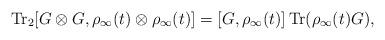
LaTeX: \begin{align*}{\rm Tr}_2 [G\otimes G,\rho_\infty(t)\otimes\rho_\infty(t)] = [G,\rho_\infty(t)] \,{\rm Tr}(\rho_\infty(t)G),\end{align*}